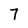
Character: 7